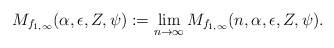
\begin{align*}M_{f_{1,\infty}}(\alpha,\epsilon,Z,\psi):=\lim_{n\to\infty}M_{f_{1,\infty}}(n,\alpha,\epsilon,Z,\psi).\end{align*}